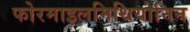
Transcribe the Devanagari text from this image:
फोरमाइलमिथियोनिन